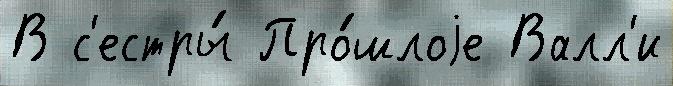
В с'естры́ Про́шлоjе Валл'и